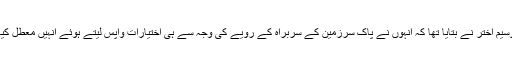
وسیم اختر نے بتایا تھا کہ انہوں نے پاک سرزمین کے سربراہ کے رویے کی وجہ سے ہی اختیارات واپس لیتے ہوئے انہیں معطل کیا۔